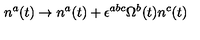
n ^ { a } ( t ) \rightarrow n ^ { a } ( t ) + \epsilon ^ { a b c } \Omega ^ { b } ( t ) n ^ { c } ( t )